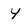
Character: 4